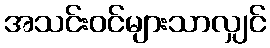
အသင်းဝင်များသာလျှင်